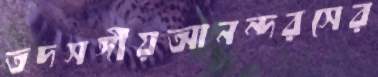
তদসঙ্গীয়আনন্দরসের